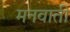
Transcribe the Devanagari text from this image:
मनवाती